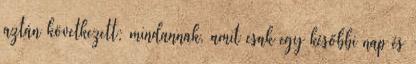
aztán következett; mindannak, amit csak egy későbbi nap és